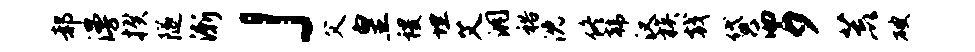
郝漫揆隧渐」父皇稷埋艾洞裕沈佟韩汉族戟贷洒夕荒破